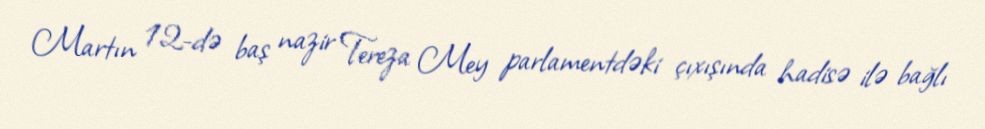
Martın 12-də baş nazir Tereza Mey parlamentdəki çıxışında hadisə ilə bağlı